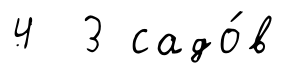
4 3 садо́в